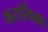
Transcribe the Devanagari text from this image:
करायिका